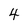
Character: 4